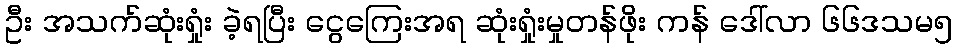
ဦး အသက်ဆုံးရှုံး ခဲ့ရပြီး ငွေကြေးအရ ဆုံးရှုံးမှုတန်ဖိုး ကန် ဒေါ်လာ ၆၆ဒသမ၅